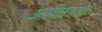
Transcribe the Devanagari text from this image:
आदिलशाहों